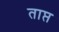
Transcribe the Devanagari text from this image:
ताप्त